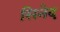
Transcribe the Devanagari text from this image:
सिनेद